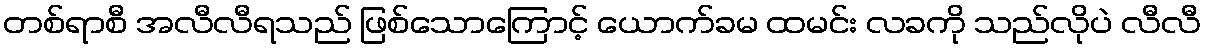
တစ်ရာစီ အလီလီရသည် ဖြစ်သောကြောင့် ယောက်ခမ ထမင်း လခကို သည်လိုပဲ လီလီ